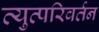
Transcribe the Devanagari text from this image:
व्युत्परिवर्तन